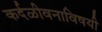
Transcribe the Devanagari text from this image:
कर्दळीवनाविषयी